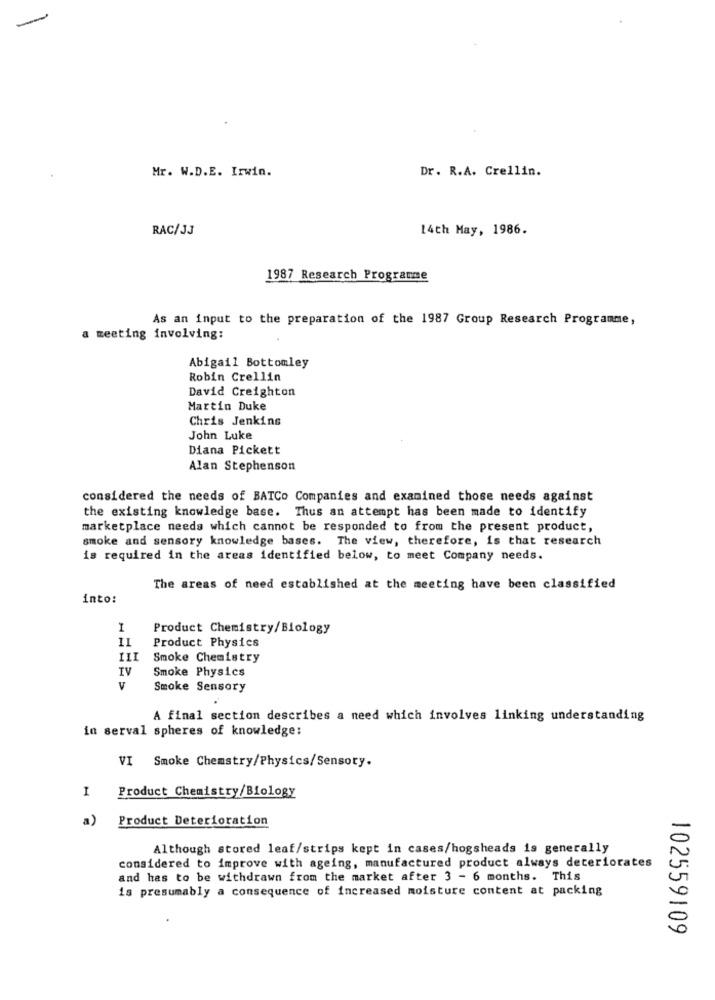
Mr. W.D.E. Irwin.
Dr. R.A. Crellin.
RAC/JJ
14th May, 1986.
1987 Research Programme
As an input to the preparation of the 1987 Group Research Programme,
a meeting involving:
Abigail Bottomley
Robin Crellin
David Creighton
Martin Duke
Chris Jenkins
John Luke
Diana Pickett
Alan Stephenson
considered the needs of BATCo Companies and examined those needs against
the existing knowledge base. Thus an attempt has been made to identify
marketplace needs which cannot be responded to from the present product,
smoke and sensory knowledge bases. The view, therefore, is that research
is required in the areas identified below, to meet Company needs.
The areas of need established at the meeting have been classified
into:
I
Product Chemistry/Biology
11
Product Physics
III
Smoke Chemistry
IV
Smoke Physics
V
Smoke Sensory
A final section describes a need which involves linking understanding
in serval spheres of knowledge:
VI Smoke Chemstry/Physics/Sensory.
I
Product Chemistry/Biology
a) Product Deterioration
Although stored leaf/strips kept in cases/hogsheads is generally
considered to improve with ageing, manufactured product always deteriorates
and has to be withdrawn from the market after 3 - 6 months. This
is presumably a consequence of increased moisture content at packing
102559109